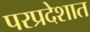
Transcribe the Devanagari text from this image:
परप्रदेशात